Civil Veterinary Department. United Provinces 1932-42 - 1932-1942
Year: 1932
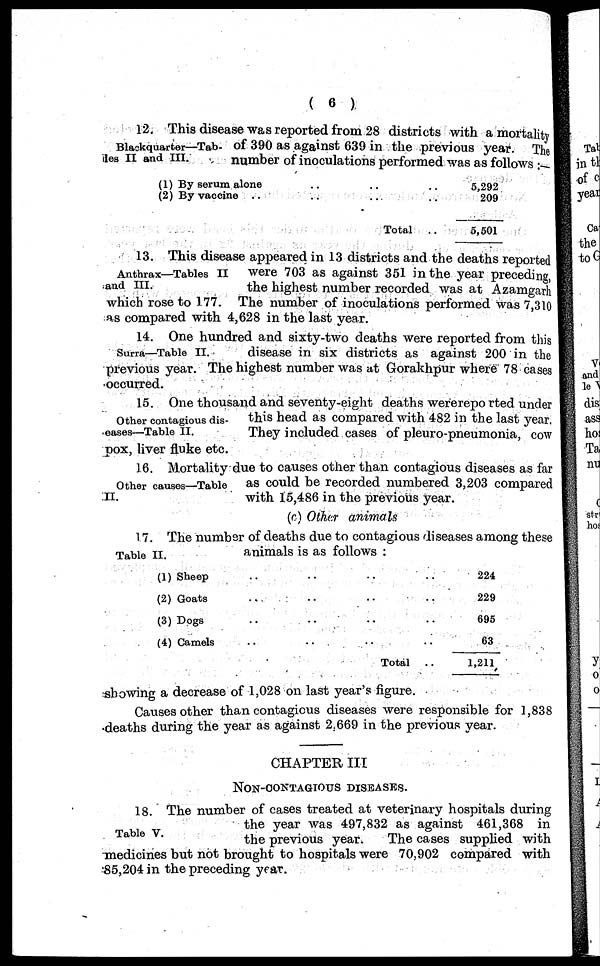
(6)
Blackquarter—Tab-
des II and III.
12. This disease was reported from 28 districts with a mortality
of 390 as against 639 in the previous year. The
number of inoculations performed was as follows:—
(1) By serum alone ..
(2) By vaccine .. ..
.. ..
.. ..
Total
..
5,292
209
5,501
Anthrax—Tables II
and III.
13. This disease appeared in 13 districts and the deaths reported
were 703 as against 351 in the year preceding,
the highest number recorded was at Azamgarh
which rose to 177. The number of inoculations performed was 7,310
as compared with 4,628 in the last year.
Surra—Table II.
14. One hundred and sixty-two deaths were reported from this
disease in six districts as against 200 in the
previous year. The highest number was at Gorakhpur where 78 cases
occurred.
Other contagious dis-
eases—Table II.
15. One thousand and seventy-eight deaths werereported under
this head as compared with 482 in the last year.
They included cases of pleuro-pneumonia, cow
pox, liver fluke etc.
Other causes—Table
II.
1.6. Mortality due to causes other than contagious diseases as far
as could be recorded numbered 3,203 compared
with 15,486 in the previous year.
(c) Other animals
Table II.
17. The number of deaths due to contagious diseases among these
animals is as follows:
(1) Sheep ..
(2) Goats ..
(3) Dogs ..
(4) Camels ..
.. .. ..
.. .. ..
.. .. ..
.. .. ..
Total
..
224
229
695
63
1,211
showing a decrease of 1,028 on last year's figure.
Causes other than contagious diseases were responsible for 1,838
deaths during the year as against 2.669 in the previous year.
CHAPTER III
NON-CONTAGIOUS DISEASES.
Table V.
18. The number of cases treated at veterinary hospitals during
the year was 497,832 as against 461,368 in
the previous year.
The cases supplied with
medicines but not brought to hospitals were 70,902 compared with
85,204 in the preceding year.